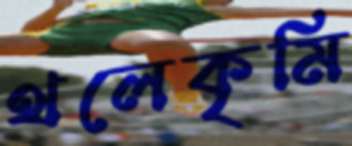
থলেকৃমি